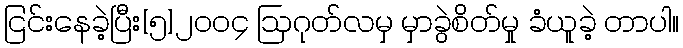
ငြင်းနေခဲ့ပြီး[၅]၂၀၀၄ ဩဂုတ်လမှ မှာခွဲစိတ်မှု ခံယူခဲ့ တာပါ။